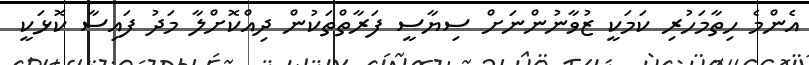
އެންމެ ހިތާމަހުރި ކަމަކީ ޒުވާނުންނަށް ސިޔާސީ ފަރާތްތަކުން ދިއްކޮށްލާ މަދު ފައިސާ ކޮޅަކީ